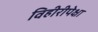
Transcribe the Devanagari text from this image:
विहीरीपेक्षा